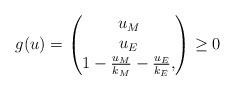
LaTeX: \begin{align*} g(u) = \begin{pmatrix} u_M \\ u_E \\ 1 - \frac{u_M}{k_M} - \frac{u_E}{k_E}, \end{pmatrix} \geq 0\end{align*}